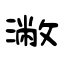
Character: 潎